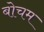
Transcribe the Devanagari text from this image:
बोचम